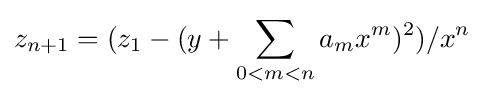
z_{n+1}=(z_{1}-(y+\sum _{0<m<n}a_{m}x^{m})^{2})/x^{n}